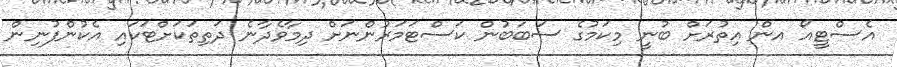
އެސްޓީއޯ އން އިތުރަށް ބުނީ މިކަމުގެ ސަބަބުން ކަސްޓަމަރުންނަށް ދިމާވެދާނެ ދަތިތަކަށްޓަކައި އެކުންފުނިން